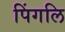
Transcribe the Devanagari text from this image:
पिंगलि